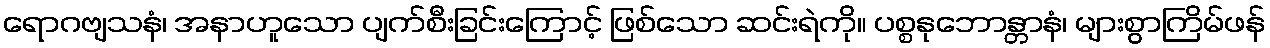
ရောဂဗျသနံ၊ အနာဟူသော ပျက်စီးခြင်းကြောင့် ဖြစ်သော ဆင်းရဲကို။ ပစ္စနုဘောန္တာနံ၊ များစွာကြိမ်ဖန်